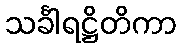
သင်္ခါရဋ္ဌိတိကာ